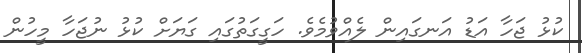
ކުޅު ޖަހާ އަޑު އަނގައިން ލެއްވުމެވެ. ހަގީގަތުގައި ގަޔަށް ކުޅު ނުޖަހާ މީހުން